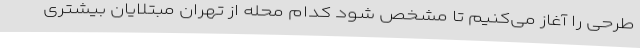
طرحی را آغاز می‌کنیم تا مشخص شود کدام محله از تهران مبتلایان بیشتری